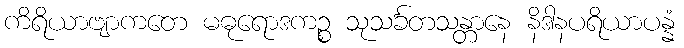
ကိရိယာဗျာကတေ မဓုရောဒကဉ္စ သုသင်္ခတသန္တာနေ နိဒါနပရိယာပန္နံ